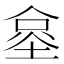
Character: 𰂧